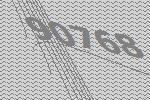
90768